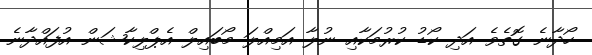
ހޯދާނެ ގޮތެވެ އަދި ކޯޑު ކުރުމަކާއި ނުލާ އަމިއްލަ މޯބައިލް އެޕްލިކާޝަން އުފައްދާނެ